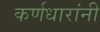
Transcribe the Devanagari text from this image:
कर्णधारांनी